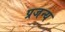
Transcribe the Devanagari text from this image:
प्रजन्य